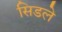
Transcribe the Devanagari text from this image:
सिडले